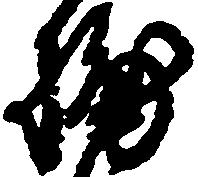
捕